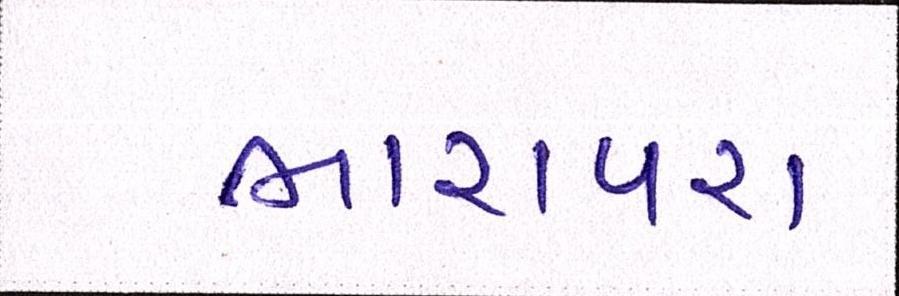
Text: ભારાપરા